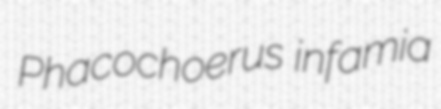
Phacochoerus infamia